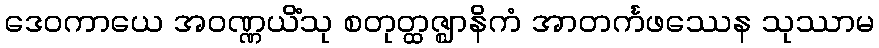
ဒေဝကာယေ အဝဏ္ဏယိံသု စတုတ္ထဇ္ဈာနိကံ အာတင်္ကဖဿေန သုဿာမ